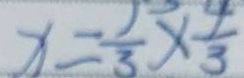
x = \frac { 1 } { 3 } \times \frac { 4 } { 3 }